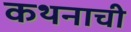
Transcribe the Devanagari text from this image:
कथनाची